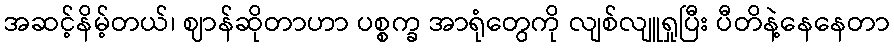
အဆင့်နိမ့်တယ်၊ ဈာန်ဆိုတာဟာ ပစ္စက္ခ အာရုံတွေကို လျစ်လျူရှုပြီး ပီတိနဲ့နေနေတာ